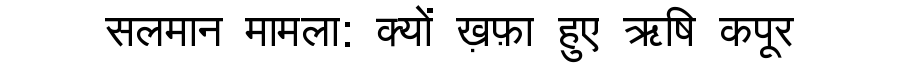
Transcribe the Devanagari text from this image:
सलमान मामला: क्यों ख़फ़ा हुए ऋषि कपूर